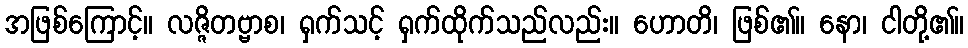
အဖြစ်ကြောင့်။ လဇ္ဇိတဗ္ဗာစ၊ ရှက်သင့် ရှက်ထိုက်သည်လည်း။ ဟောတိ၊ ဖြစ်၏။ နော၊ ငါတို့၏။